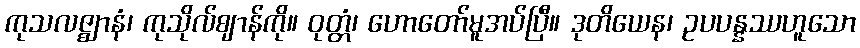
ကုသလဇ္ဈာနံ၊ ကုသိုလ်ဈာန်ကို။ ဝုတ္တံ၊ ဟောတော်မူအပ်ပြီ။ ဒုတိယေန၊ ဥပပန္နဿဟူသော